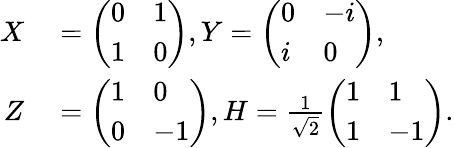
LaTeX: \begin{array}{rl}{X}&{{}=\left(\begin{array}{ll}{0}&{1}\\ {1}&{0}\end{array}\right),Y=\left(\begin{array}{ll}{0}&{-i}\\ {i}&{0}\end{array}\right),}\\ {Z}&{{}=\left(\begin{array}{ll}{1}&{0}\\ {0}&{-1}\end{array}\right),H=\frac{1}{\sqrt{2}}\left(\begin{array}{ll}{1}&{1}\\ {1}&{-1}\end{array}\right).}\end{array}